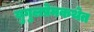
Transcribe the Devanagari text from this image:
युगुलप्रेमकथेत